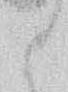
と